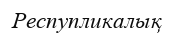
Респупликалық